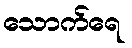
သောက်ရေ